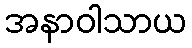
အနာဝါသာယ